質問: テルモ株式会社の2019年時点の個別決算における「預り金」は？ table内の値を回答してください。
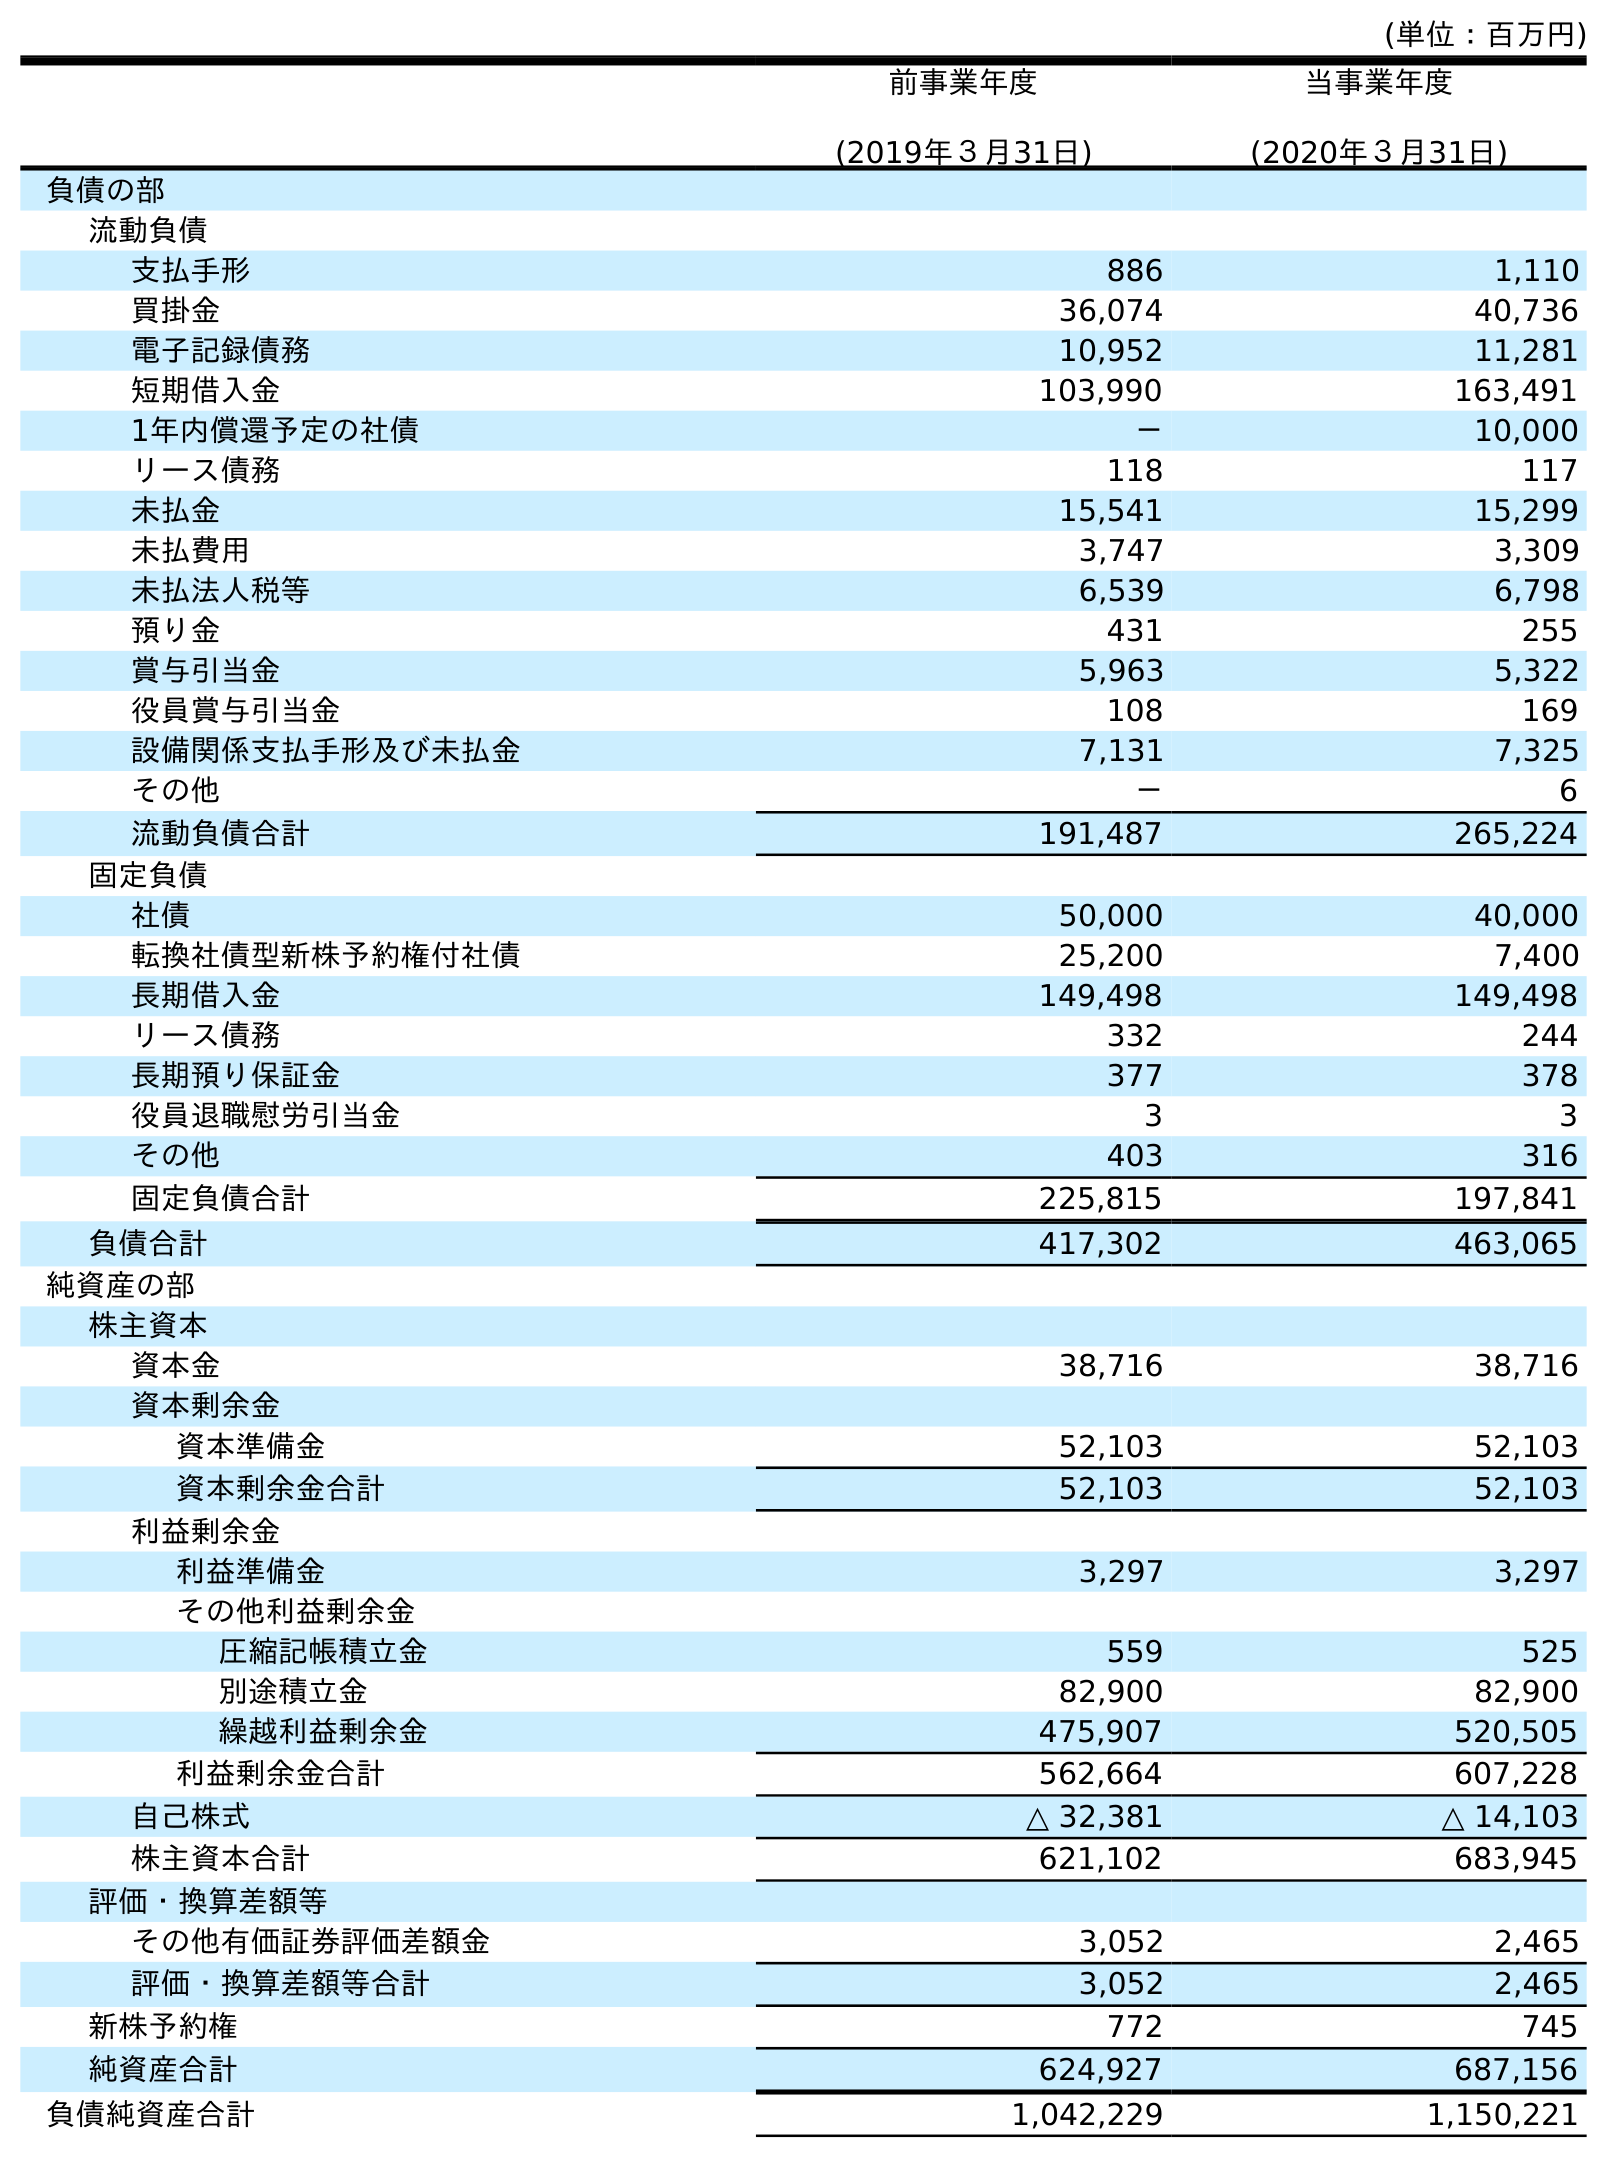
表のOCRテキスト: (単位：百万円) 前事業年度 (2019年３月31日) 当事業年度 (2020年３月31日) 負債の部 流動負債 支払手形 886 1,110 買掛金 36,074 40,736 電子記録債務 10,952 11,281 短期借入金 103,990 163,491 1年内償還予定の社債 － 10,000 リース債務 118 117 未払金 15,541 15,299 未払費用 3,747 3,309 未払法人税等 6,539 6,798 預り金 431 255 賞与引当金 5,963 5,322 役員賞与引当金 108 169 設備関係支払手形及び未払金 7,131 7,325 その他 － 6 流動負債合計 191,487 265,224 固定負債 社債 50,000 40,000 転換社債型新株予約権付社債 25,200 7,400 長期借入金 149,498 149,498 リース債務 332 244 長期預り保証金 377 378 役員退職慰労引当金 3 3 その他 403 316 固定負債合計 225,815 197,841 負債合計 417,302 463,065 純資産の部 株主資本 資本金 38,716 38,716 資本剰余金 資本準備金 52,103 52,103 資本剰余金合計 52,103 52,103 利益剰余金 利益準備金 3,297 3,297 その他利益剰余金 圧縮記帳積立金 559 525 別途積立金 82,900 82,900 繰越利益剰余金 475,907 520,505 利益剰余金合計 562,664 607,228 自己株式 △ 32,381 △ 14,103 株主資本合計 621,102 683,945 評価・換算差額等 その他有価証券評価差額金 3,052 2,465 評価・換算差額等合計 3,052 2,465 新株予約権 772 745 純資産合計 624,927 687,156 負債純資産合計 1,042,229 1,150,221
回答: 431